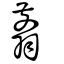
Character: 翦